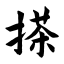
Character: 搽